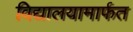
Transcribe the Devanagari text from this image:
विद्यालयामार्फत